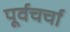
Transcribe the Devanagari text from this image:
पूर्वचर्चा